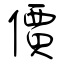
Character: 價